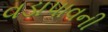
વડાપાવની